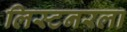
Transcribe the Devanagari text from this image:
लिस्टनरला